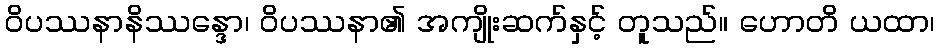
ဝိပဿနာနိဿန္ဒော၊ ဝိပဿနာ၏ အကျိုးဆက်နှင့် တူသည်။ ဟောတိ ယထာ၊